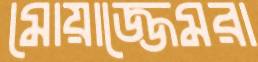
মোয়াজ্জেমরা